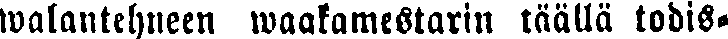
walantehneen waakamestarin täällä todis-